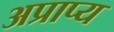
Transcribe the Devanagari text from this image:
अप्राप्‍य